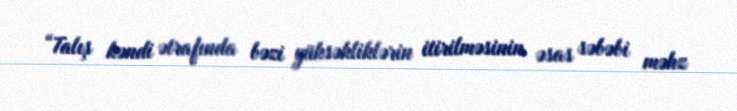
“Talış kəndi ətrafında bəzi yüksəkliklərin itirilməsinin əsas səbəbi məhz